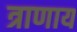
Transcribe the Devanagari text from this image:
त्राणाय